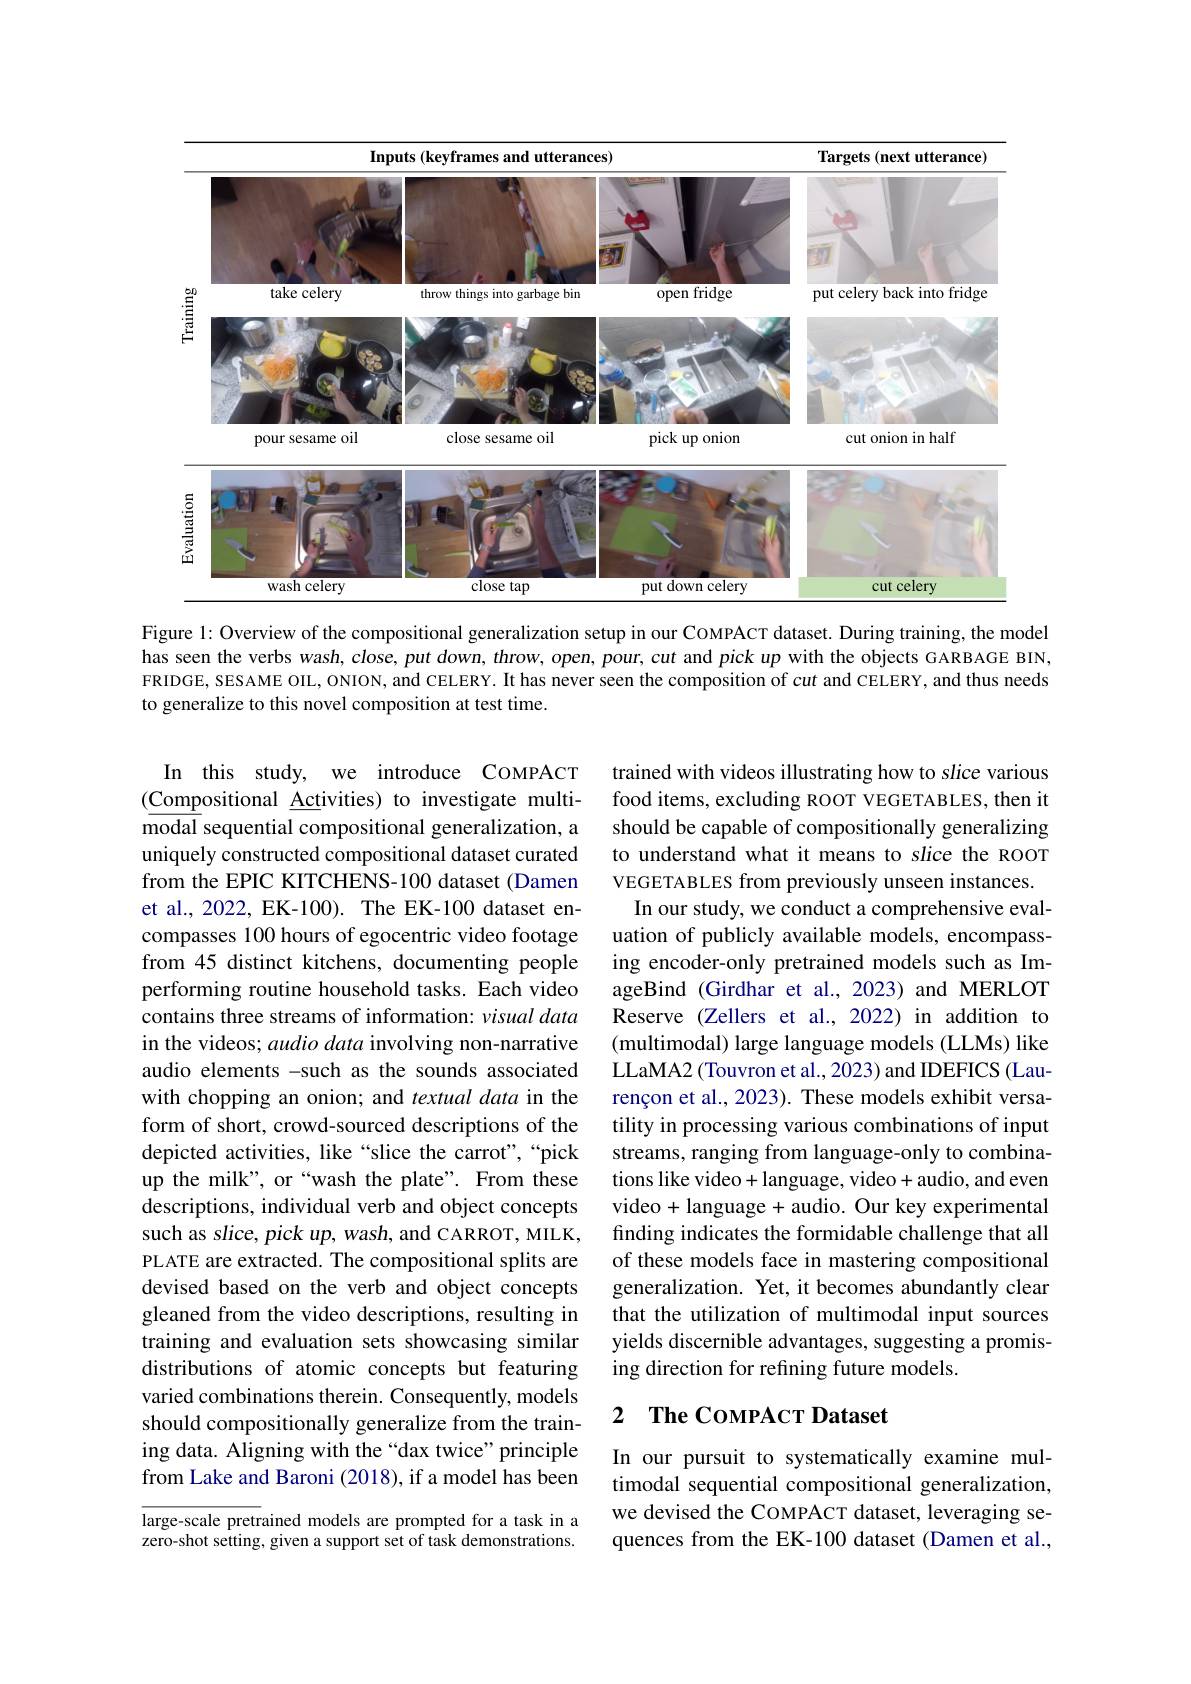
<FigureHere>
Figure 1: Overview of the compositional generalization setup in our CoMPACT dataset. During training, the model

has seen the verbs wash, close, put down, throw, open, pour, cut and pick up with the objects GARBAGE BIN, FRIDGE, SESAME OIL, ONION, and CELERY. It has never seen the composition of cut and CELERY, and thus needs to generalize to this novel composition at test time.

trained with videos illustrating how to slice various food items, excluding ROOT VEGETABLES, then it should be capable of compositionally generalizing to understand what it means to slice the ROOT VEGETABLES from previously unseen instances.
In our study, we conduct a comprehensive evaluation of publicly available models, encompassing encoder-only pretrained models such as ImageBind (Girdhar et al.,2023) and MERLOT Reserve (Zellers et al.,2022) in addition to (multimodal) large language models (LLMs) like LLaMA2 (Touvron et al., 2023) and IDEFICS (Laurençon et al., 2023). These models exhibit versatility in processing various combinations of input streams, ranging from language-only to combinations like video+language, video+audio, and even video +language + audio. Our key experimental finding indicates the formidable challenge that all of these models face in mastering compositional generalization. Yet, it becomes abundantly clear that the utilization of multimodal input sources yields discernible advantages, suggesting a promising direction for refining future models.

In this study, we introduce COMPACT (Compositional Activities) to investigate multimodal sequential compositional generalization, a uniquely constructed compositional dataset curated from the EPIC KITCHENS-100 dataset (Damen et al., 2022, EK-100). The EK-100 dataset encompasses 100 hours of egocentric video footage from 45 distinct kitchens, documenting people performing routine household tasks. Each video contains three streams of information: visual data in the videos; audio data involving non-narrative audio elements -such as the sounds associated with chopping an onion; and textual data in the form of short, crowd-sourced descriptions of the depicted activities, like “slice the carrot",“pick up the milk", or “wash the plate”. From these descriptions, individual verb and object concepts such as slice, pick up, wash, and CARROT, MILK, PLATE are extracted. The compositional splits are devised based on the verb and object concepts gleaned from the video descriptions, resulting in training and evaluation sets showcasing similar distributions of atomic concepts but featuring varied combinations therein. Consequently, models should compositionally generalize from the training data. Aligning with the“dax twice”principle from Lake and Baroni (2018), if a model has been $\overline{\text{large-scale pretrained models are prompted for a task in a}}$

## 2 $\textbf{The Coм Р А с т Dataset}$

In our pursuit to systematically examine multimodal sequential compositional generalization, we devised the COMPACT dataset, leveraging sequences from the EK-100 dataset (Damen et al.,

zero-shot setting, given a support set of task demonstrations.